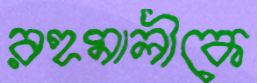
রহমালীকে